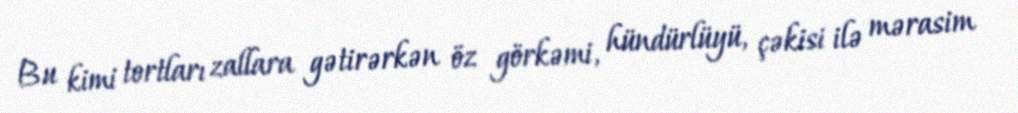
Bu kimi tortları zallara gətirərkən öz görkəmi, hündürlüyü, çəkisi ilə mərasim